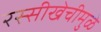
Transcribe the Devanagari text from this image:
रस्सीखेचीमुळे